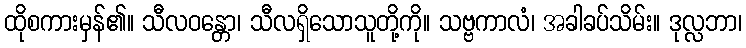
ထိုစကားမှန်၏။ သီလဝန္တော၊ သီလရှိသောသူတို့ကို။ သဗ္ဗကာလံ၊ အခါခပ်သိမ်း။ ဒုလ္လဘာ၊